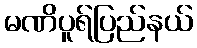
မဏိပူရ်ပြည်နယ်